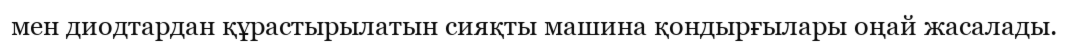
мен диодтардан құрастырылатын сияқты машина қондырғылары оңай жасалады.